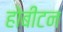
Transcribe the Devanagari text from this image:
होबीटन